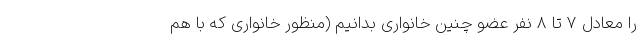
را معادل ۷ تا ۸ نفر عضو چنین خانواری بدانیم (منظور خانواری که با هم